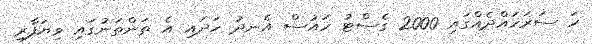
ހަ ސަރަހައްދެއްގައި 2000 ގެސްޓު ހައުސް އެނދު ހަދައި އެ ތަންތަނުގައި ވިޔަފާރި